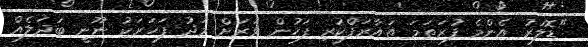
"ޑޮލަރު އެންމެ ފުރަތަމަ ތައާރަފްކުރި ފަހުން ވަރަށް މަދު ފަހަރަކު ނޫނީ ބަދަލެއް